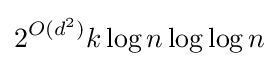
2^{O(d^{2})}k\log n\log \log n